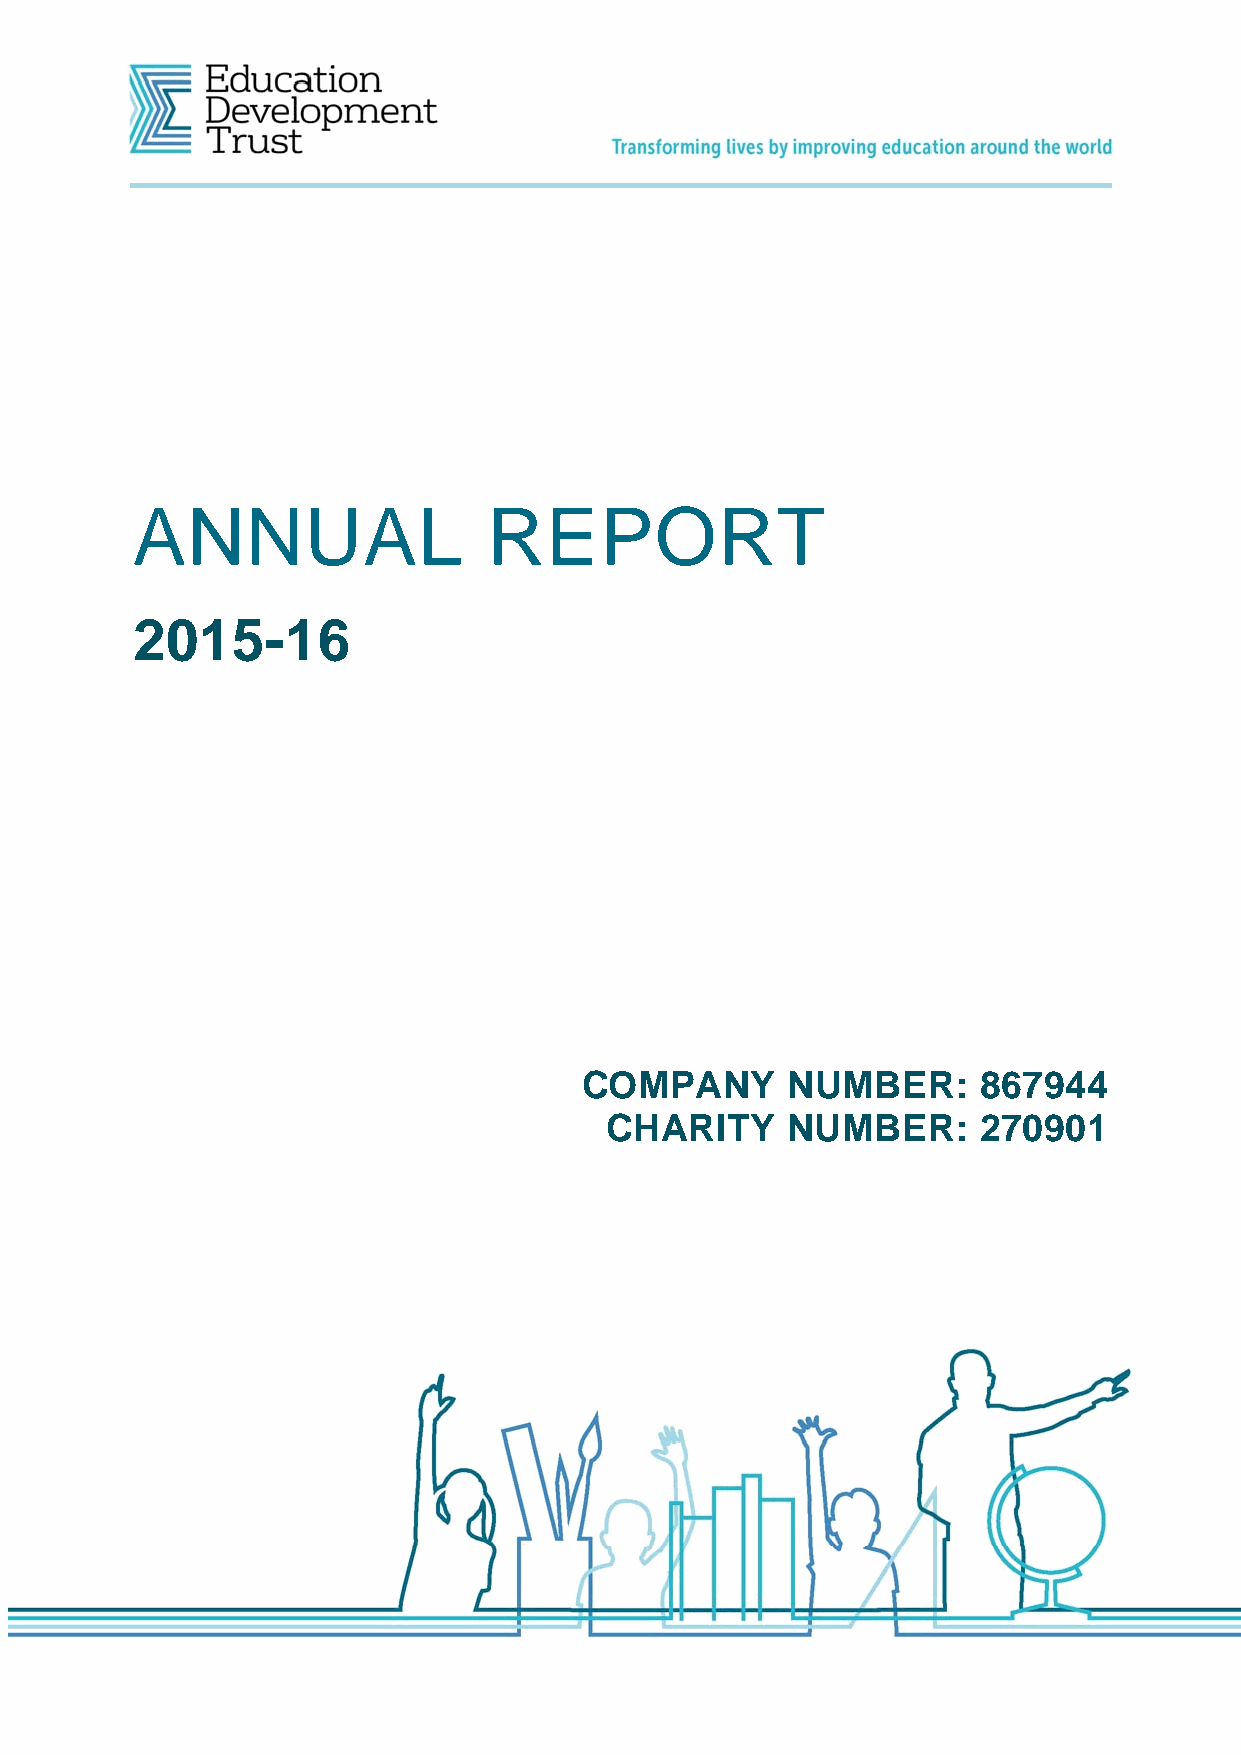
ANNUAL                 REPORT
 2015-16
 COMPANY       NUMBER:      867944
 CHARITY     NUMBER:      270901